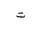
Letter: _ta